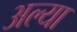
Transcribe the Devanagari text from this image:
अल्या